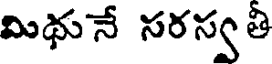
మిథునే సరస్వతి